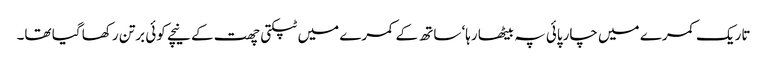
تاریک کمرے میں چارپائی پہ بیٹھا رہا‘ ساتھ کے کمرے میں ٹپکتی چھت کے نیچے کوئی برتن رکھا گیا تھا۔